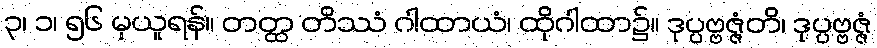
၃၊ ၁၊ ၅၆ မှယူရန်။ တတ္ထ တိဿံ ဂါထာယံ၊ ထိုဂါထာ၌။ ဒုပ္ပဗ္ဗဇ္ဇံတိ၊ ဒုပ္ပဗ္ဗဇ္ဇံ